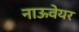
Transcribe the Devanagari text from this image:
नाऊवेयर